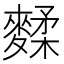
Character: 𪍚